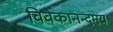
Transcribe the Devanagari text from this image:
विवेकानन्दमय